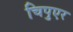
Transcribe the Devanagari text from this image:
चिपुएर